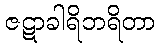
ဇဋာခါရိဘရိတာ